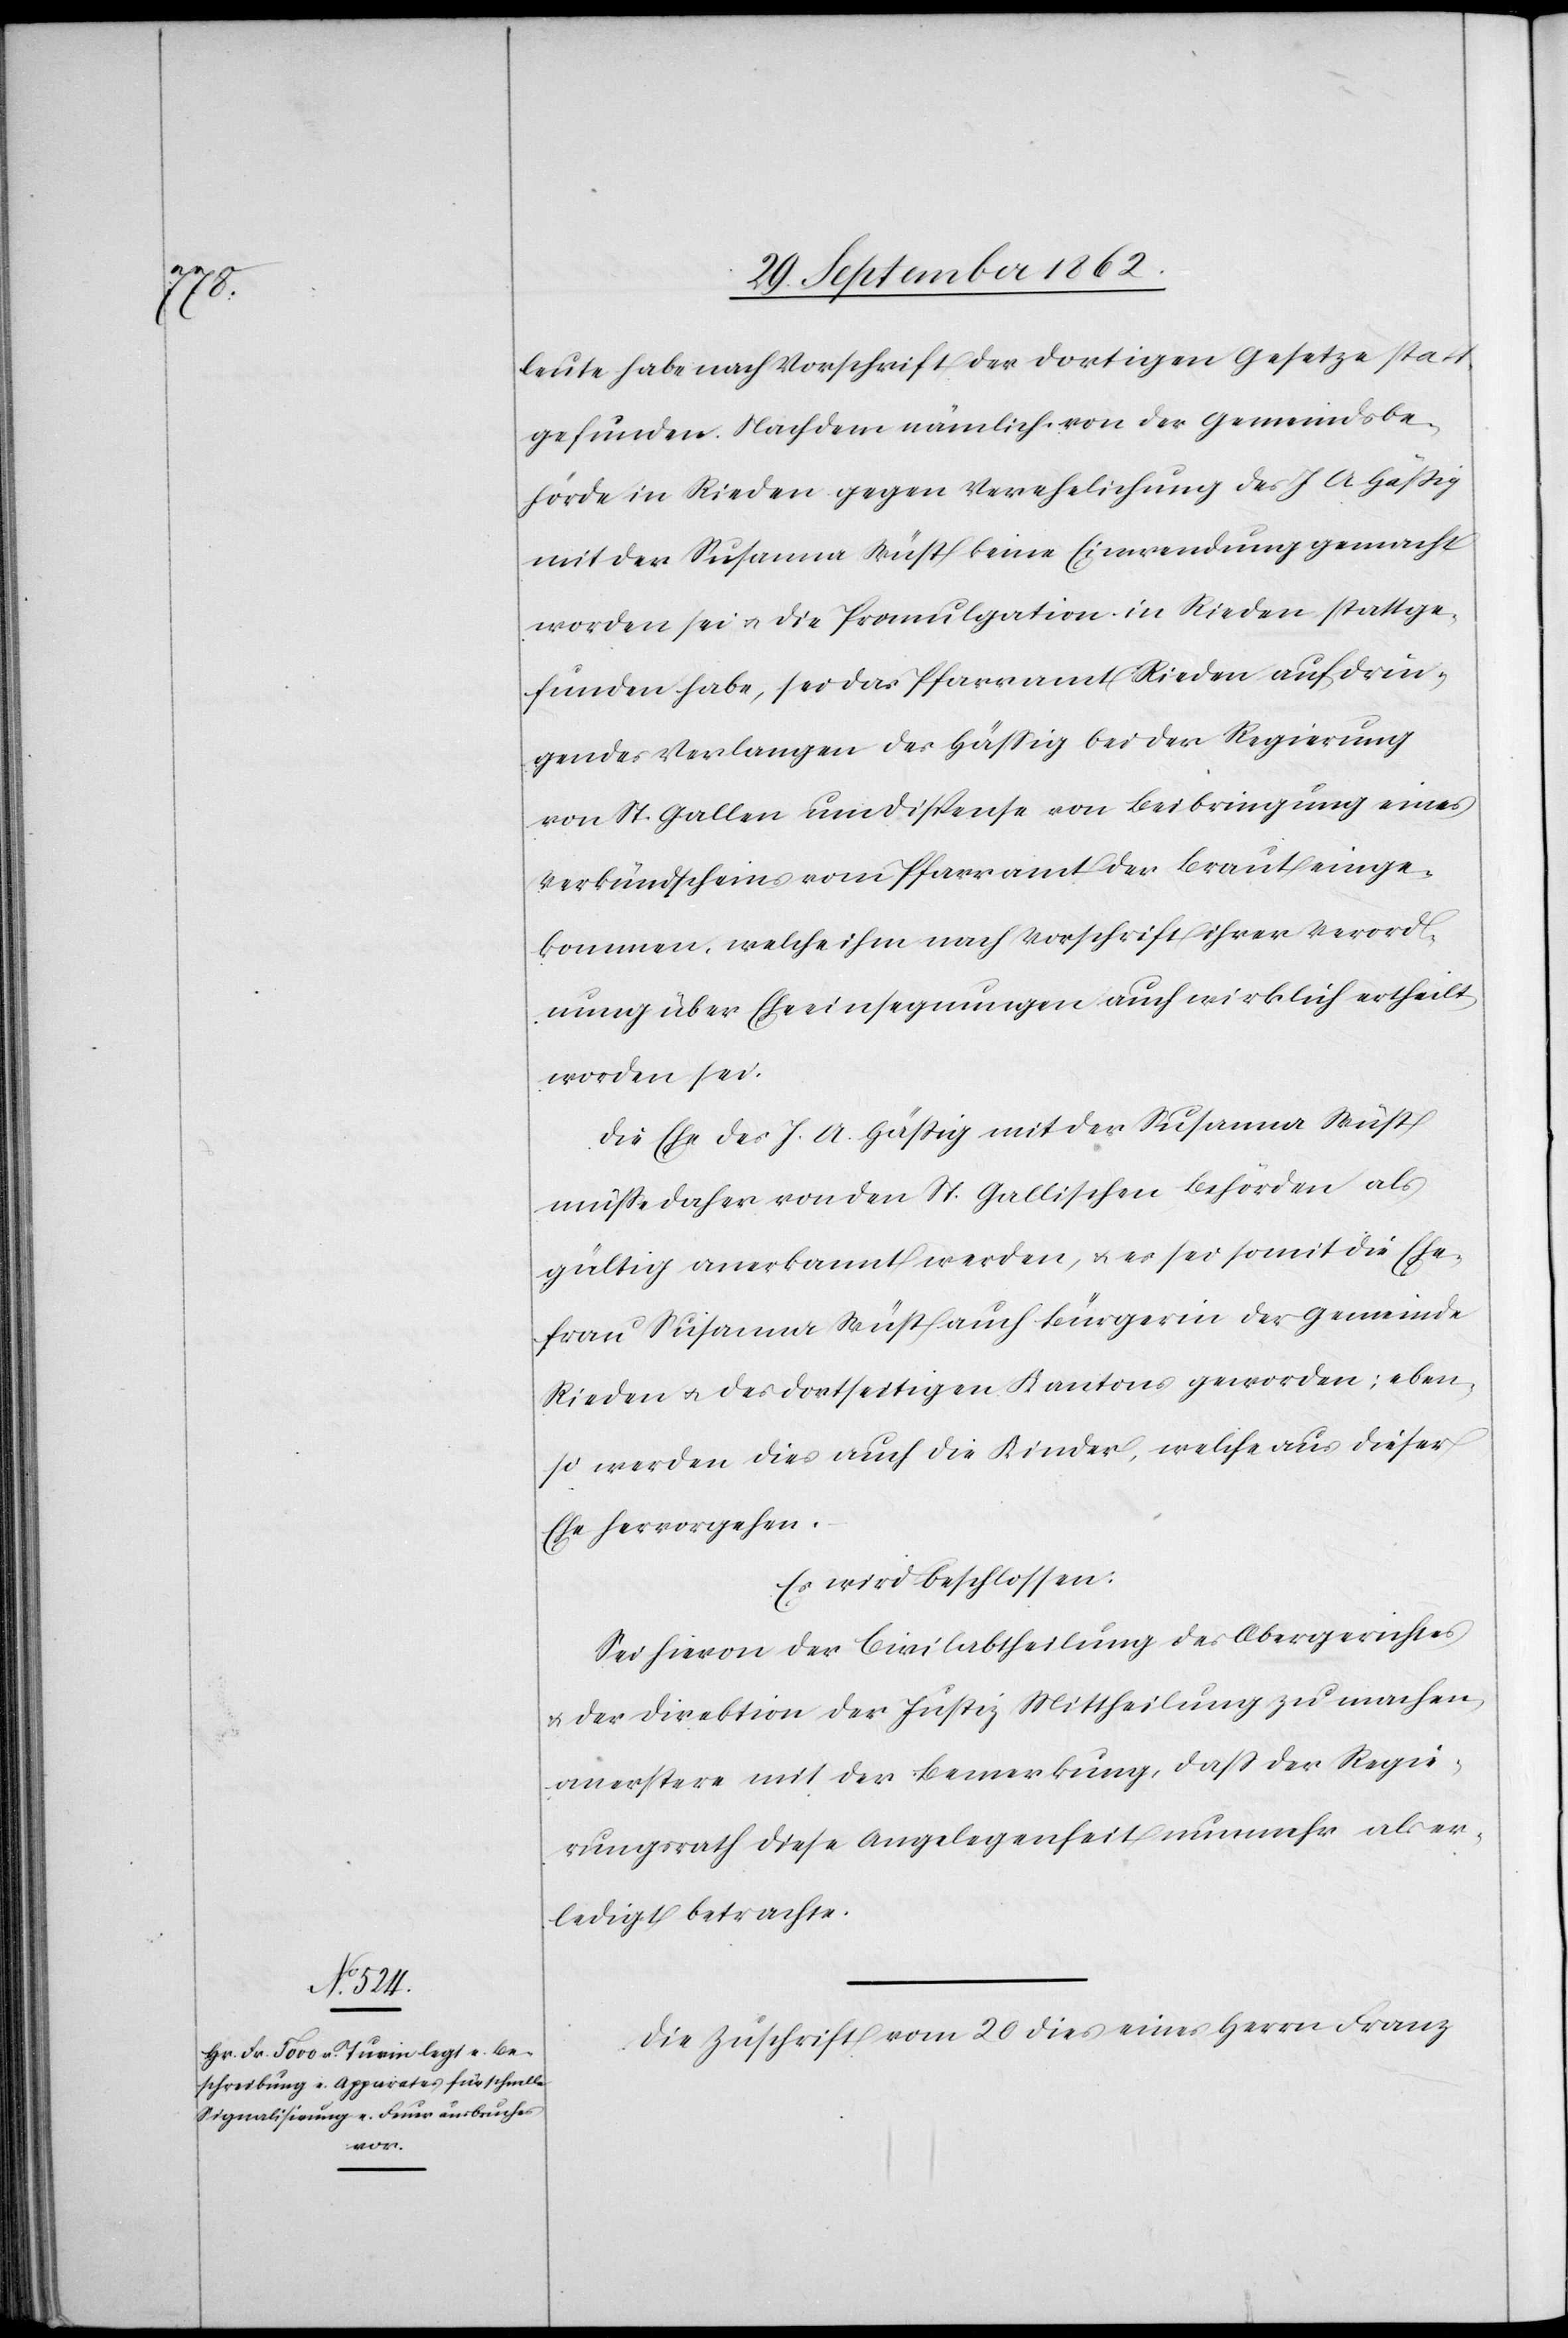
leute habe nach Vorschrift der dortigen Gesetze statt
gefunden. Nachdem nämlich von der Gemeindsbe¬
hörde in Rieden gegen Verehelichung des J. A. Häßig
mit der Susanna Wüst keine Einwendung gemacht
worden sei u. die Promulgation in Rieden stattge¬
funden habe, sei das Pfarramt Rieden auf drin¬
gendes Verlangen des Häßig bei der Regierung
von St. Gallen um Dispense von Beibringung eines
Verkündscheines vom Pfarramt der Braut einge¬
kommen, welche ihm nach Vorschrift ihrer Verord¬
nung über Eheeinsegnungen auch wirklich ertheilt
worden sei.
Die Ehe des J. A. Häßig mit der Susanna Wüst
müße daher von den St. Gallischen Behörden als
gültig anerkannt werden, u. es sei somit die Ehe¬
frau Susanna Wüst auch Bürgerin der Gemeinde
Rieden u. des dortseitigen Kantons geworden; eben¬
so werden dies auch die Kinder, welche aus dieser
Ehe hervorgehen.
Es wird beschlossen:
Sei hievon der Civilabtheilung des Obergerichtes
u. der Direktion der Justiz Mittheilung zu machen,
an erstere mit der Bemerkung, daß der Regie¬
rungsrath diese Angelegenheit nunmehr als er¬
ledigt betrachte.
Die Zuschrift vom 20. dies eines Herrn Franz